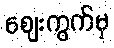
ဈေးကွက်မှ